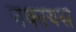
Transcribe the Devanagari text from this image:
नकायस